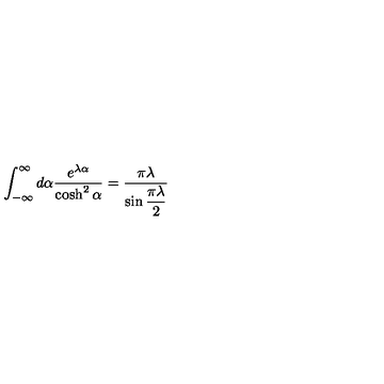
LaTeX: \int _ { - \infty } ^ { \infty } d \alpha \frac { e ^ { \lambda \alpha } } { \cosh ^ { 2 } \alpha } = \frac { \pi \lambda } { \sin \displaystyle \frac { \pi \lambda } { 2 } }